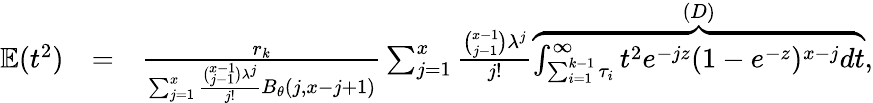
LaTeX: \begin{array}{rlr}{\mathbb{E}(t^{2})}&{=}&{\frac{r_{k}}{\sum_{j=1}^{x}\frac{\binom{x-1}{j-1}\lambda^{j}}{j!}B_{\theta}(j,x-j+1)}\sum_{j=1}^{x}\frac{\binom{x-1}{j-1}\lambda^{j}}{j!}\overbrace{\int_{\sum_{i=1}^{k-1}\tau_{i}}^{\infty}t^{2}e^{-jz}(1-e^{-z})^{x-j}dt}^{(D)},}\end{array}